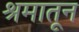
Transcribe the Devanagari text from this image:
श्रमातून